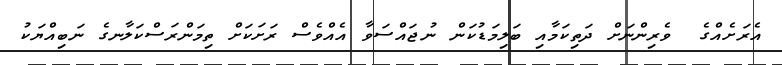
އެރަށެއްގެ  ވެރިންނަށް ދަތިކަމާއި ބަލިމަޑުކަން ނުޖައްސަވާ އެއްވެސް ރަށަކަށް ތިމަންރަސްކަލާނގެ ނަބިއްޔަކު